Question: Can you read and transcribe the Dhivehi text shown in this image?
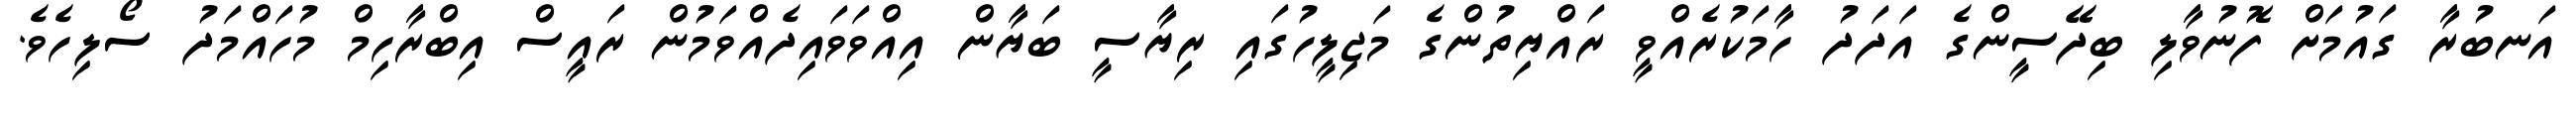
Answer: އަނބުރާ ގައުމަށް ފޮނުވާލި ބިދޭސީންގެ އަދަދު ހާމަކުރެއްވީ ރައްޔިތުންގެ މަޖިލީހުގައި ރިޔާސީ ބަޔާން އިއްވަވައިދެއްވަމުން ރައީސް އިބްރާހިމް މުހައްމަދު ސޯލިހެވެ.